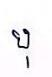
បុ